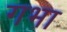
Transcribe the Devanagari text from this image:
गभा